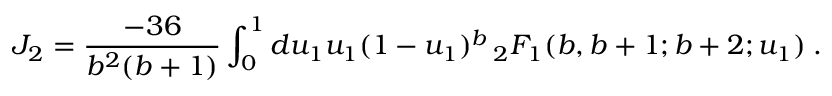
{ \cal J } _ { 2 } = \frac { - 3 6 } { b ^ { 2 } ( b + 1 ) } \int _ { 0 } ^ { 1 } d u _ { 1 } u _ { 1 } ( 1 - u _ { 1 } ) ^ { b } \, { } _ { 2 } F _ { 1 } ( b , b + 1 ; b + 2 ; u _ { 1 } ) \; .